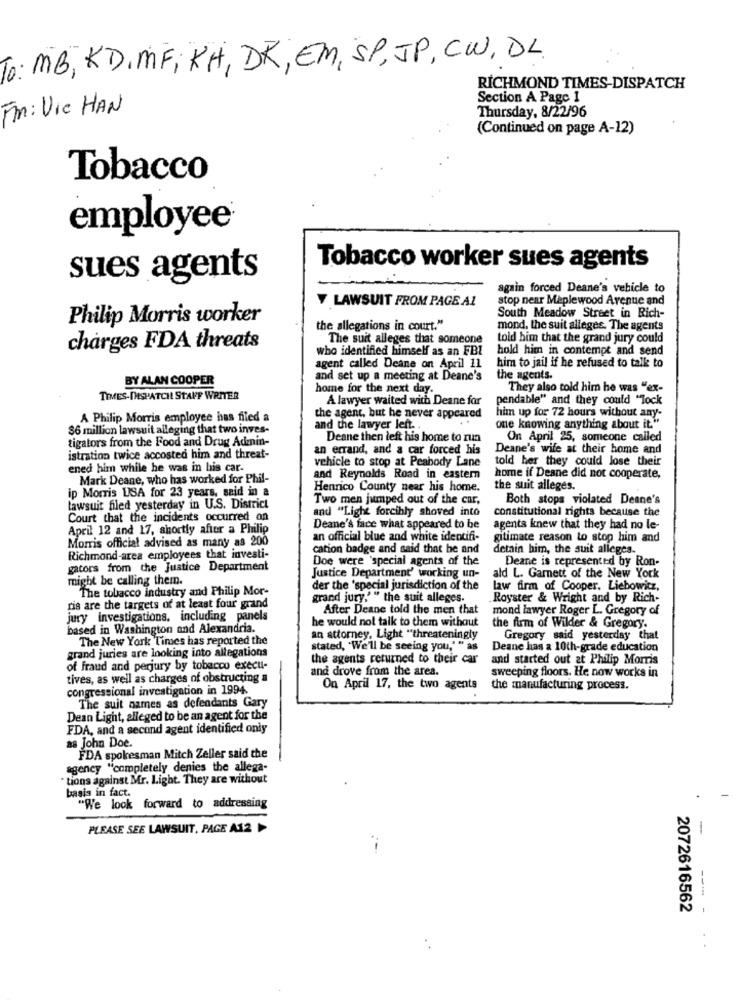
To: MB , KD. MF ; KH , DK , EM, SP, JP, CW, DL.
RICHMOND TIMES-DISPATCH
Section A Page 1
Fin: Vic HAN
Thursday, 8/22/96
(Continued on page A-12)
Tobacco
employee®
Tobacco worker sues agents
sues agents
again forced Deane's vehicle to
Y LAWSUIT FROM PAGE AL
stop near Maplewood Avenue and
Philip Morris worker
South Meadow Street in Rich-
the allegations in court."
mond, the suit alleges. The agents
The suit alleges that someone
told him that the grand jury could
charges FDA threats
who identified himself as an FBI
hold him in contempt and send
agent called Deane on April 11
him to jail if he refused to talk to
BY ALAN COOPER
and set up a meeting at Deane's
the agents.
home for the next day.
They also told him he was "ex-
TIMES-DISPATCH STAFF WRITER
A lawyer waited with Deane for
pendable" and they could "Tock
him up for 72 hours without any-
A Philip Morris employee has filed a
the agent, but he never appeared
$6 million lawsuit alleging that two inves-
and the lawyer left ..
one knowing anything about it."
tigators from the Food and Drug Admin-
Deane then left his home to run
On April 25, someone called
an errand, and a car forced his
Deane's wife at their home and
istration twice accosted him and threat-
vehicle to stop at Peabody Lane
told her they could lose their
ened him while he was in his car-
Mark Deane, who has worked for Phil-
and Reynolds Road in eastern
home if Deane did not cooperate,
ip Morris USA for 23 years, said in a
Henrico County near his home.
the suit alleges.
Two men jumped out of the car,
Both stops violated Denne's
lawsuit filed yesterday in U.S. District
and "Light forcihly shoved into
constitutional rights because the
Court that the incidents occurred on
April 12 and 17, shortly after a Philip
Deane's face what appeared to be
agents knew that they had no le-
Morris official advised as many as 200
an official blue and white identifi-
gitimate reason to stop him and
cation badge and said that he and
detain him, the suit alleges.
Richmond-area employees that investi-
Doe were 'special agents of the
Deane is represented by Ron-
gators from the Justice Department
might be calling them.
Justice Department' working un-
ald L. Garnett of the New York
The tobacco Industry and Philip Mor-
der the 'special jurisdiction of the
law firm of Cooper, Liebowicz,
grand jury,' " the suit alleges.
Royster & Wright and by Rich-
ris are the targets of at least four grand
After Deane told the men that
mond lawyer Roger L. Gregory of
jury investigations, including panels
he would not talk to them without
based in Washington and Alexandria.
the firm of Wilder & Gregory.
The New York Times has reported the
an attorney, Light "threateningly
Gregory said yesterday that
grand juries are looking into allegations
stated, "We'll be seeing you,' " as
Deane has a 10th-grade education
the agents returned to their car
and started out at Philip Morris
of fraud and perjury by tobacco execu-
and drove from the ares.
tives, as well as charges of obstructing a
sweeping floors. He now works in
congressional investigation in 1994.
On April 17, the two agents
the manufacturing process.
The suit names as defendants Gary
Dean Light, alleged to be an agent for the
FDA, and a second agent identified only
as John Doe.
FDA spokesman Mitch Zeller said the
agency "completely denies the allega-
tions against Mr. Light. They are without
basis in fact.
"We look forward to addressing
PLEASE SEE LAWSUIT, PAGE A12 )
-
----
2072616562
.